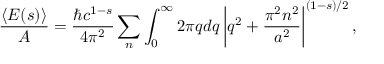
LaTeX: { \frac { \langle E ( s ) \rangle } { A } } = { \frac { \hbar c ^ { 1 - s } } { 4 \pi ^ { 2 } } } \sum _ { n } \int _ { 0 } ^ { \infty } 2 \pi q d q \left\vert q ^ { 2 } + { \frac { \pi ^ { 2 } n ^ { 2 } } { a ^ { 2 } } } \right\vert ^ { ( 1 - s ) / 2 } ,